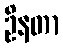
ဦနတာ